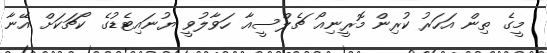
މީގެ ތިން އަހަރު ކުރިން މޮރީނިއޯ ޗެލްސީއާ ހަވާލުވީ ޔުނައިޓެޑުގެ ކޯޗަކަށް އޭނާ